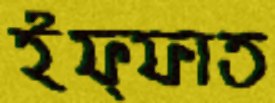
ইফ্ফাত